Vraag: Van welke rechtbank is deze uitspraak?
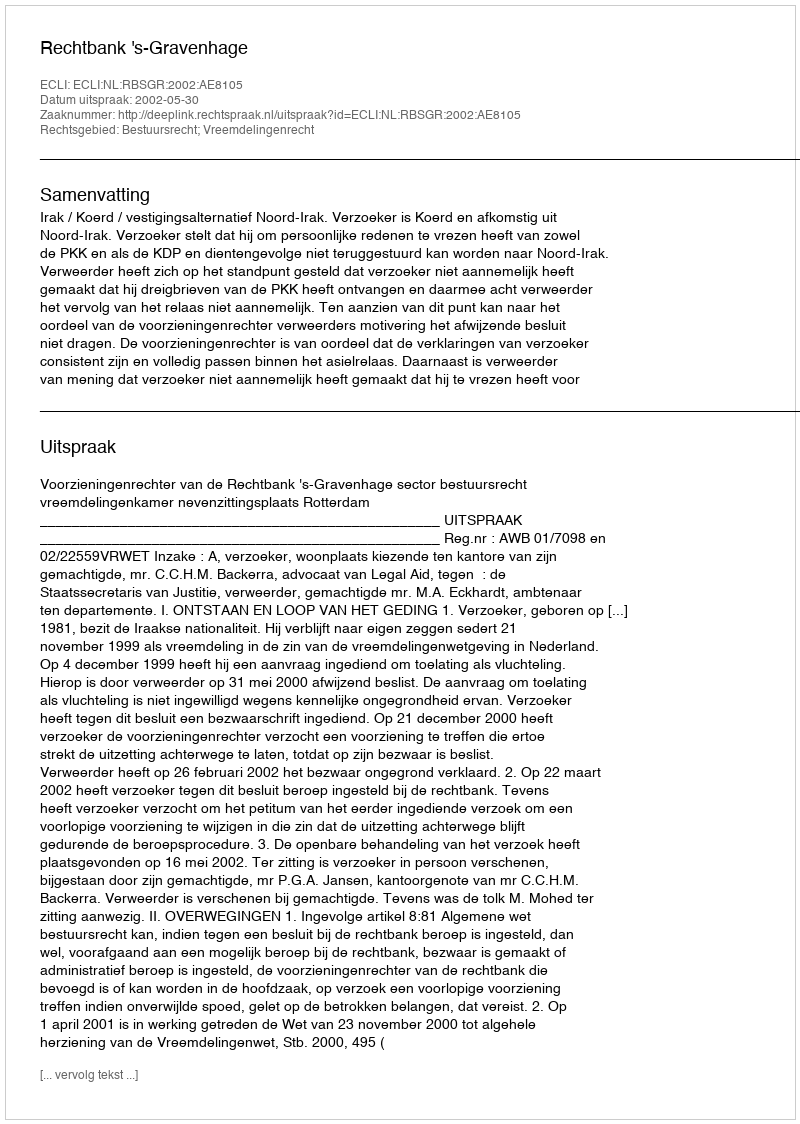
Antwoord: Rechtbank 's-Gravenhage